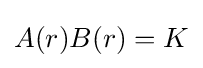
A(r)B(r)=K